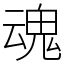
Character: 魂